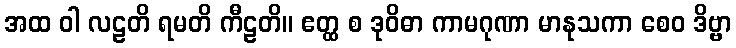
အထ ဝါ လဠတိ ရမတိ ကီဠတိ။ ဧတ္ထ စ ဒုဝိဓာ ကာမဂုဏာ မာနုသကာ စေဝ ဒိဗ္ဗာ